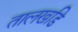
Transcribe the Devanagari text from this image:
तालखडि